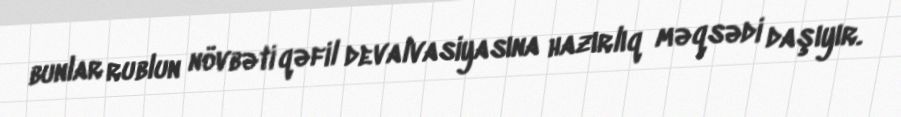
bunlar rublun növbəti qəfil devalvasiyasına hazırlıq məqsədi daşıyır.